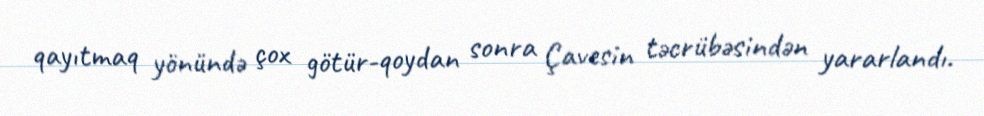
qayıtmaq yönündə çox götür-qoydan sonra Çavesin təcrübəsindən yararlandı.